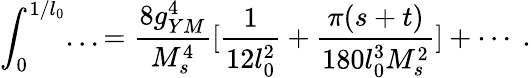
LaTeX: \int_{0}^{1/l_{0}}...={\frac{8g_{YM}^{4}}{M_{s}^{4}}}[{\frac{1}{12l_{0}^{2}}}+{\frac{\pi(s+t)}{180l_{0}^{3}M_{s}^{2}}}]+\cdots\ .